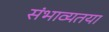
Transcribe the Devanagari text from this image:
संभाव्यतया